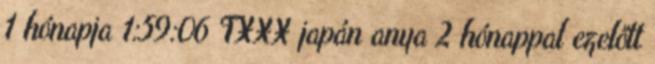
1 hónapja 1:59:06 TXXX japán anya 2 hónappal ezelőtt